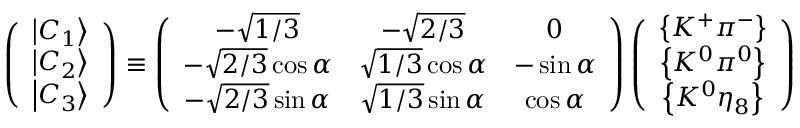
\left( \begin{array} { c } { { \left| C _ { 1 } \right\rangle } } \\ { { \left| C _ { 2 } \right\rangle } } \\ { { \left| C _ { 3 } \right\rangle } } \end{array} \right) \equiv \left( \begin{array} { c c c } { { - \sqrt { 1 / 3 } } } & { { - \sqrt { 2 / 3 } } } & { { 0 } } \\ { { - \sqrt { 2 / 3 } \cos \alpha } } & { { \sqrt { 1 / 3 } \cos \alpha } } & { { - \sin \alpha } } \\ { { - \sqrt { 2 / 3 } \sin \alpha } } & { { \sqrt { 1 / 3 } \sin \alpha } } & { { \cos \alpha } } \end{array} \right) \left( \begin{array} { c } { { \left\{ K ^ { + } \pi ^ { - } \right\} } } \\ { { \left\{ K ^ { 0 } \pi ^ { 0 } \right\} } } \\ { { \left\{ K ^ { 0 } \eta _ { 8 } \right\} } } \end{array} \right)